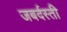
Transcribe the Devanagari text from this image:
जबर्दस्‍ती